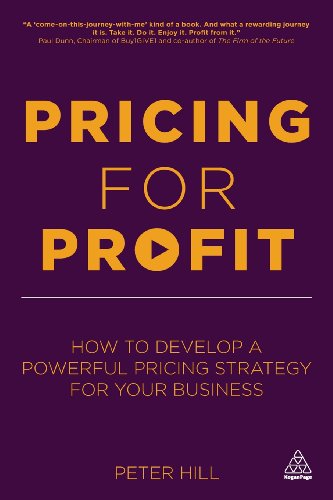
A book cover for Pricing for Profit: How to Develop a Powerful Pricing Strategy for Your Business; Peter Hill; Business & Money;